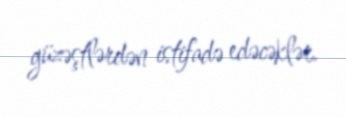
güzəştlərdən istifadə edəcəklər.